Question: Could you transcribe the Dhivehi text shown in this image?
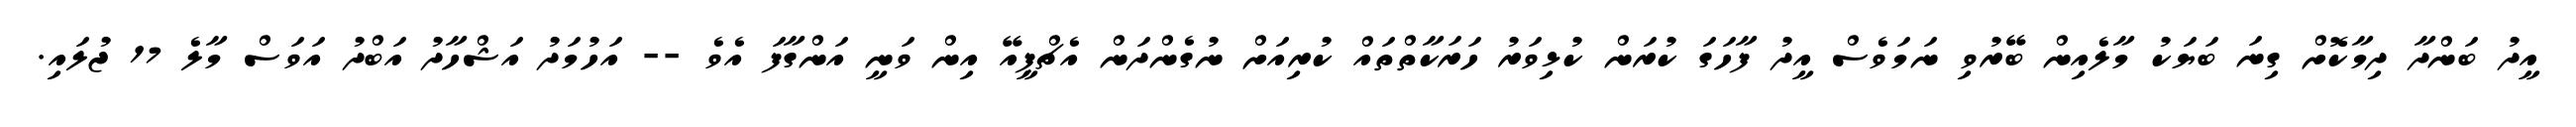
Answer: އީދު ބަންދާ ދިމާކޮށް ގިނަ ބަޔަކު މާލެއިން ބޭރުވި ނަމަވެސް އީދު ފާހަގަ ކުރަން ކުޅިވަރު ހަރަކާތްތައް ކުރިއަށް ނުގެންދަން އެޗްޕީއޭ އިން ވަނީ އަންގާފަ އެވެ -- އަހުމަދު އަޝްހާދު އަބްދު އަވަސް މާލެ 17 ޖުލައި.